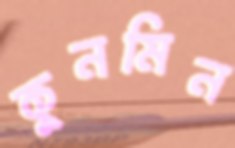
কুনমিন